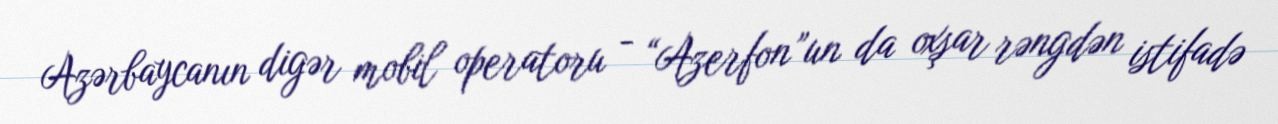
Azərbaycanın digər mobil operatoru - “Azerfon”un da oxşar rəngdən istifadə